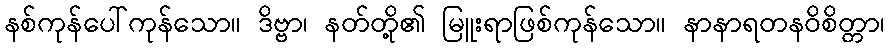
နစ်ကုန်ပေါ်ကုန်သော။ ဒိဗ္ဗာ၊ နတ်တို့၏ မြူးရာဖြစ်ကုန်သော။ နာနာရတနဝိစိတ္တာ၊